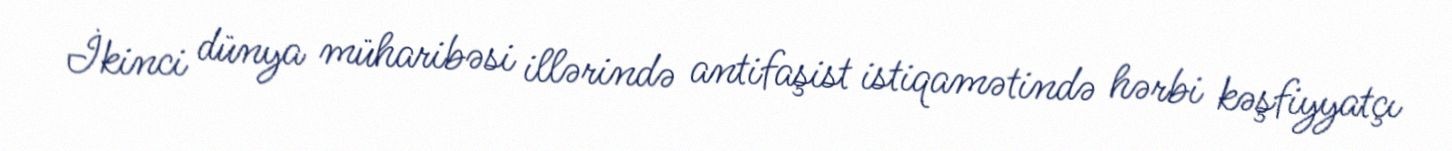
İkinci dünya müharibəsi illərində antifaşist istiqamətində hərbi kəşfiyyatçı